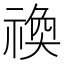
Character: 𬓋